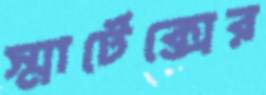
স্মার্টেক্সের